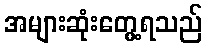
အများဆုံးတွေ့ရသည်